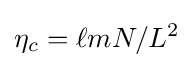
\eta _{c}=\ell mN/L^{2}